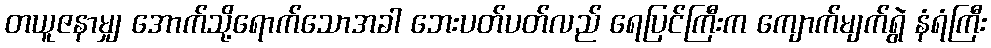
တယူဇနာမျှ အောက်သို့ရောက်သောအခါ ဘေးပတ်ပတ်လည် ရေပြင်ကြီးက ကျောက်မျက်ရွဲ နံရံကြီး